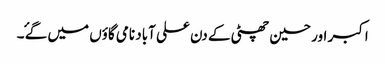
اکبر اور حسین چھٹی کے دن علی آباد نامی گاؤں میں گۓ ۔